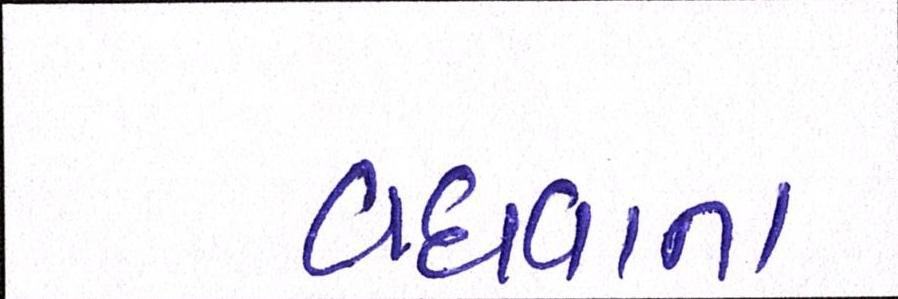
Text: વધવાના